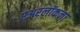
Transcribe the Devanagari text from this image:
एअरलॉकना